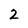
Character: 2